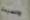
والسيدة